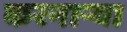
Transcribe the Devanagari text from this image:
करनार्‍या